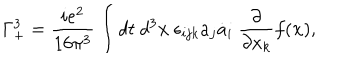
\Gamma _ { + } ^ { 3 } = \frac { i e ^ { 2 } } { 1 6 \pi ^ { 3 } } \int d t ~ d ^ { 3 } { \bf x } ~ \epsilon _ { i j k } a _ { j } \dot { a } _ { i } ~ \frac { \partial } { \partial x _ { k } } f ( { \bf x } ) ,